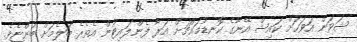
ޝަވަން އަވަހަށް ކައިޝް އޭނާގެ ކޮނޑުމައްޗަށް އަރާ ފެންލައިޓުން އެތެރެ ބަލެމަށް ބުންޏެވެ.